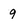
Character: 9